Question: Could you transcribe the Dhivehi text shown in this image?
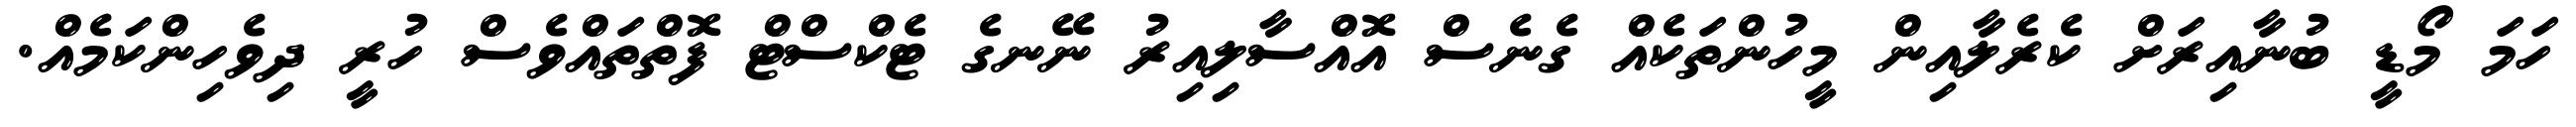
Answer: ހަމަ މޯޑީ ބުނާއިރަށް ކެރެލާއިން މީހުންތަކެއް ގެނެސް އޮއްސާލިއިރު ނޭނގެ ޓެކްސްޓް ފޮތްތައްވެސް ހުރީ ދިވެހިންކަމެއް.